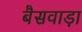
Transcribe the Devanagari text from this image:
बैसवाड़ा